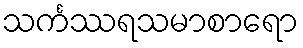
သင်္ကဿရသမာစာရော